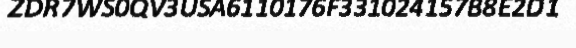
ZDR7WS0QV3USA6110176F331024157B8E2D1